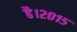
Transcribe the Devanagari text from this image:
है।२०१५